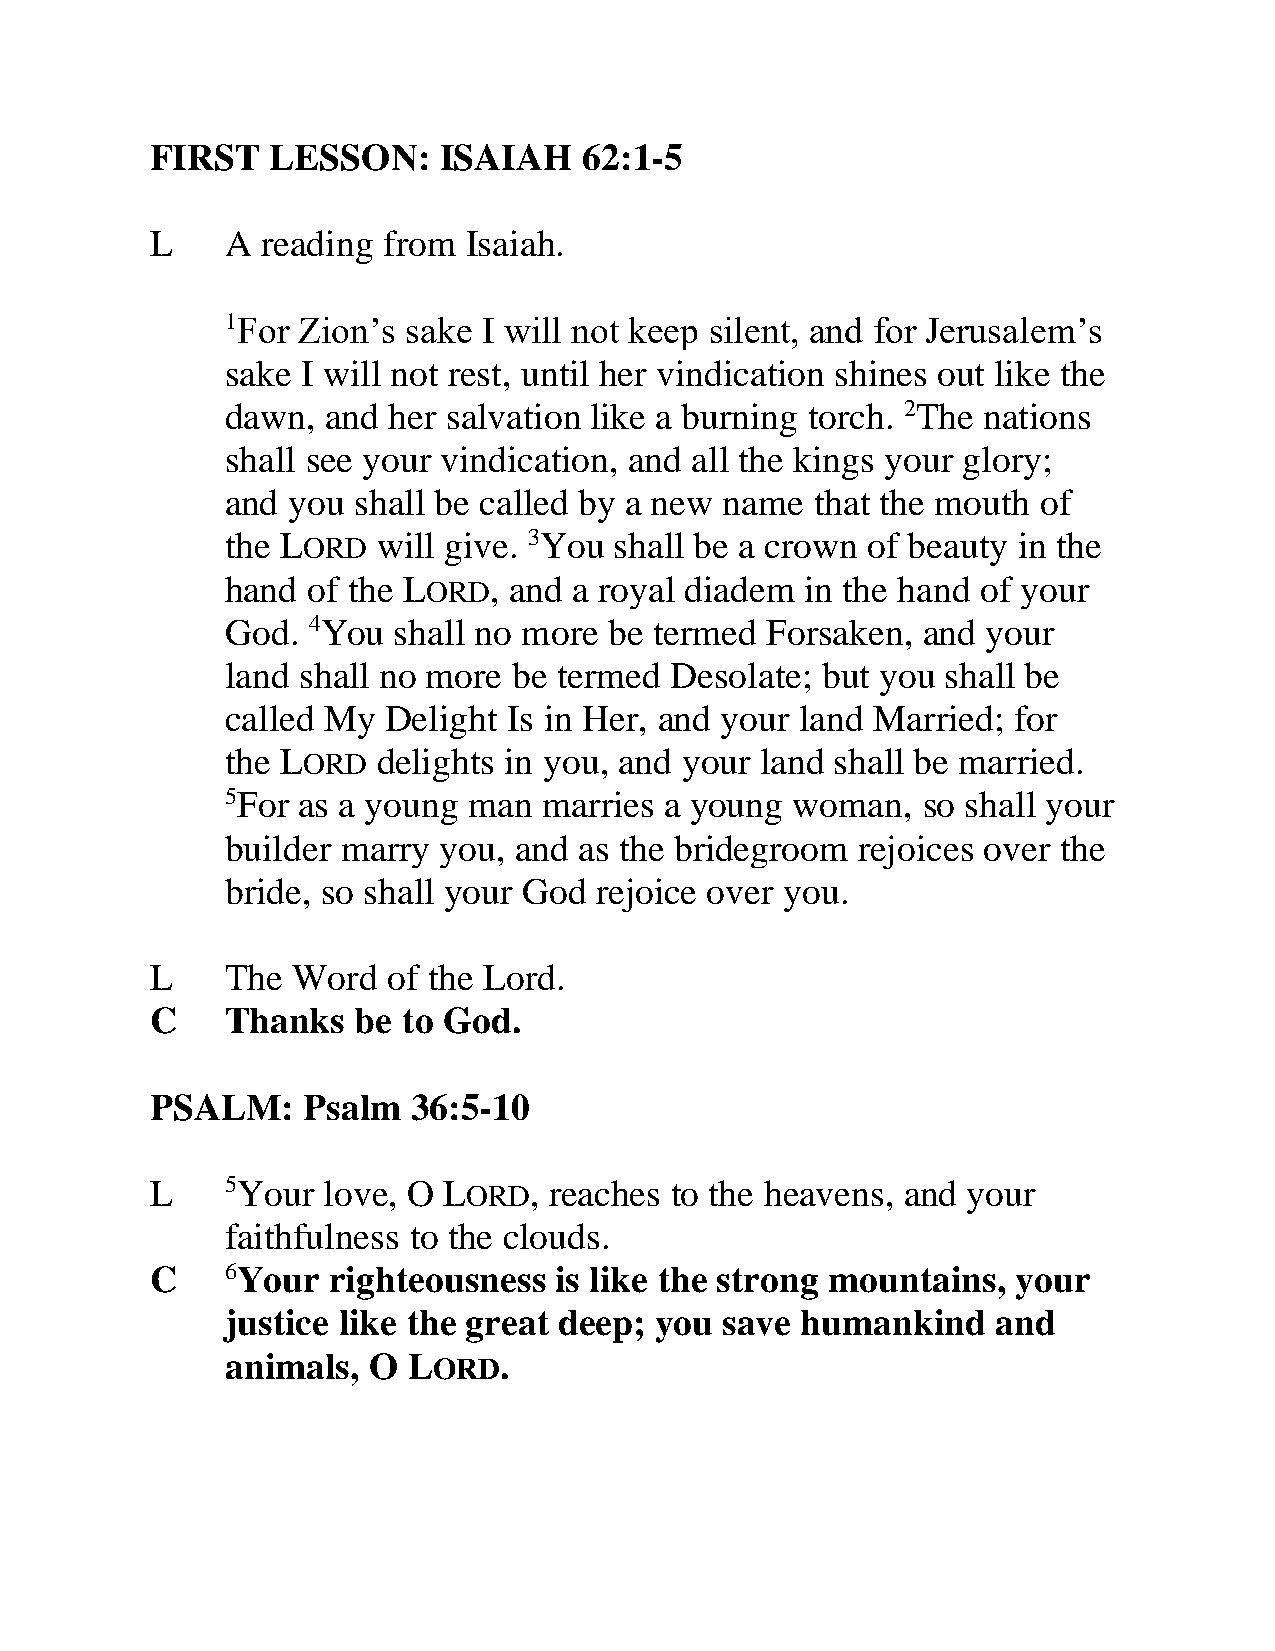
FIRST   LESSON:    ISAIAH    62:1-5
 L    A reading from  Isaiah.
 1For Zion’s sake I will not keep silent, and for Jerusalem’s
 sake I will not rest, until her vindication shines out like the
 dawn,  and her salvation like a burning torch. 2The nations
 shall see your vindication, and all the kings your glory;
 and you shall be called by a new name  that the mouth of
 the LORD  will give. 3You shall be a crown of beauty in the
 hand of the LORD,  and a royal diadem in the hand of your
 God. 4You  shall no more be termed  Forsaken, and your
 land shall no more be termed Desolate; but you  shall be
 called My  Delight Is in Her, and your land Married; for
 the LORD  delights in you, and your land shall be married.
 5For as a young man  marries a young  woman,  so shall your
 builder marry you, and as the bridegroom  rejoices over the
 bride, so shall your God rejoice over you.
 L    The Word   of the Lord.
 C    Thanks   be to God.
 PSALM:    Psalm  36:5-10
 L    5Your love, O LORD,  reaches to the heavens, and your
 faithfulness to the clouds.
 C    6Your  righteousness  is like the strong mountains, your
 justice like the great deep; you save humankind    and
 animals, O  LORD.